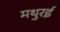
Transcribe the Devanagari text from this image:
मथुरई